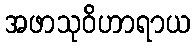
အဖာသုဝိဟာရာယ